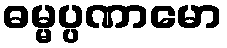
ဓမ္မပ္ပဏာမော